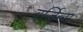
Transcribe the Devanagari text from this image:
वर्जिन्स